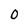
Character: 0